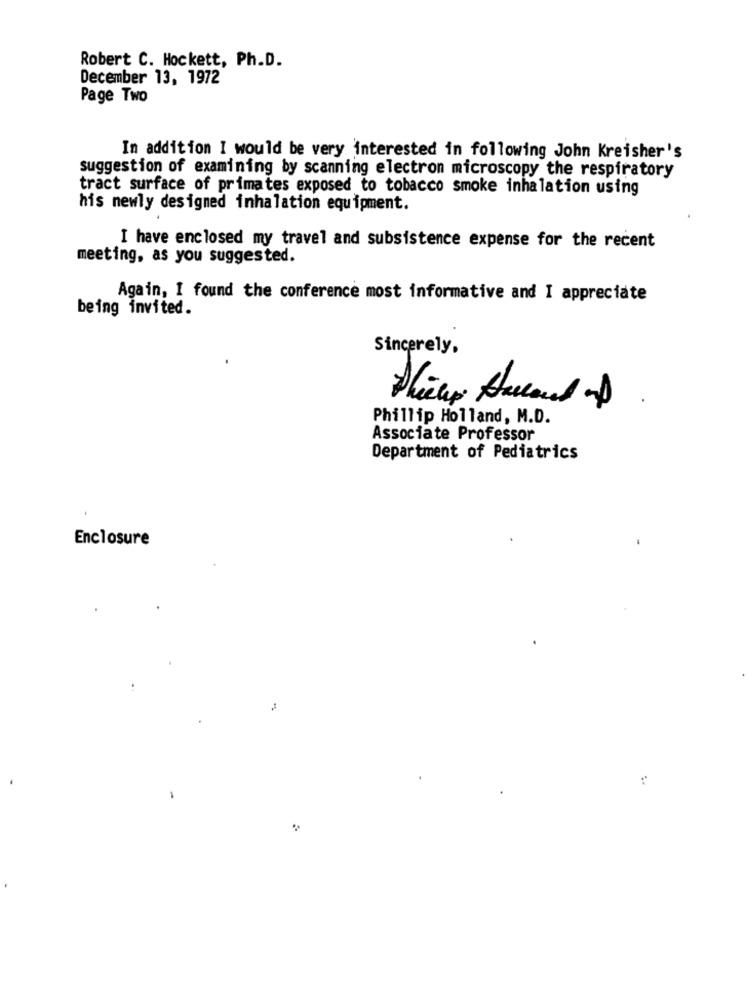
Robert C. Hockett, Ph.D.
December 13, 1972
Page Two
In addition I would be very interested in following John Kreisher's
suggestion of examining by scanning electron microscopy the respiratory
tract surface of primates exposed to tobacco smoke inhalation using
his newly designed inhalation equipment.
I have enclosed my travel and subsistence expense for the recent
meeting, as you suggested.
Again, I found the conference most informative and I appreciate
being invited.
Sincerely,
Phillip Holland, M.D.
Associate Professor
Department of Pediatrics
Enclosure